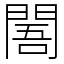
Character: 䦜